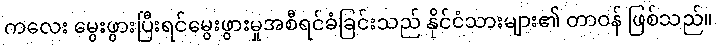
ကလေး မွေးဖွားပြီးရင်မွေးဖွားမှုအစီရင်ခံခြင်းသည် နိုင်ငံသားများ၏ တာဝန် ဖြစ်သည်။